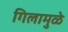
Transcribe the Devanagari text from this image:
गिलामुळे